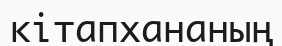
кітапхананың